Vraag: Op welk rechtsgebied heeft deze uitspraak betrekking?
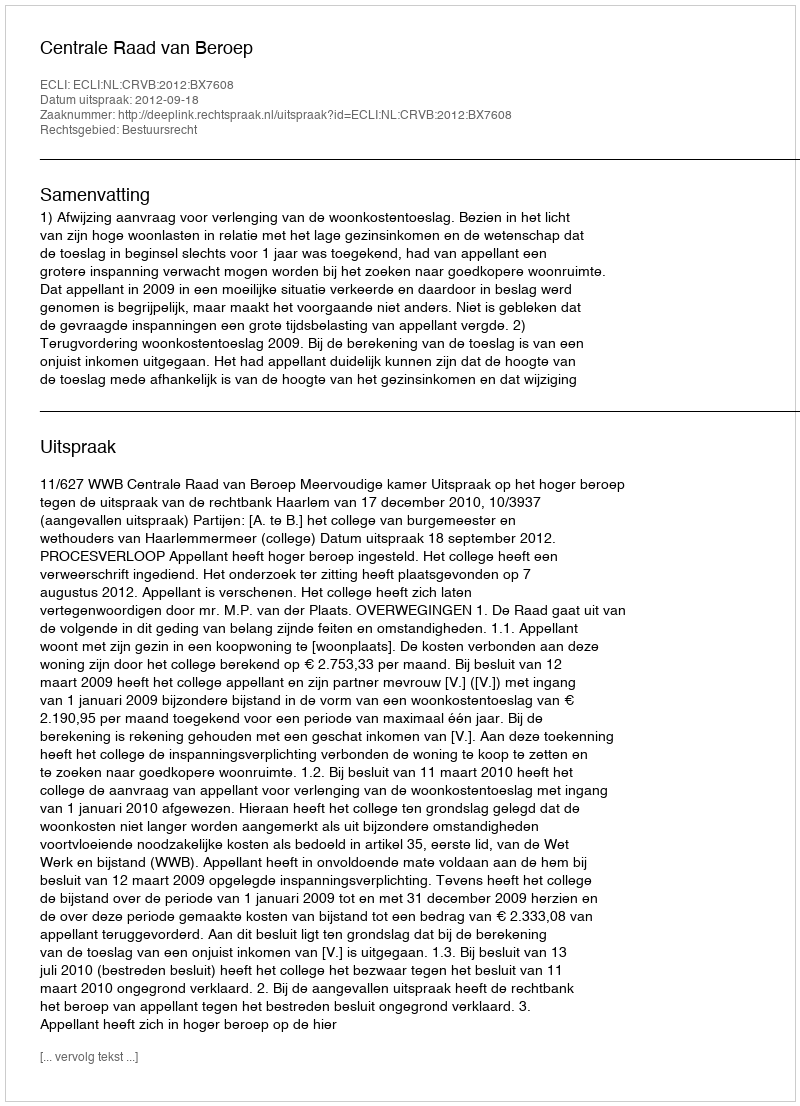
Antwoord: Bestuursrecht